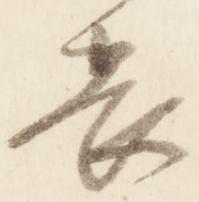
畏